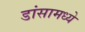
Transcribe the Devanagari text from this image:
डांसामध्ये